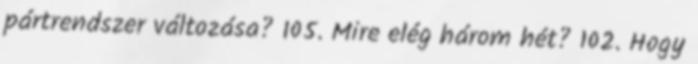
pártrendszer változása? 105. Mire elég három hét? 102. Hogy